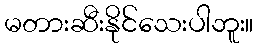
မတားဆီးနိုင်သေးပါဘူး။